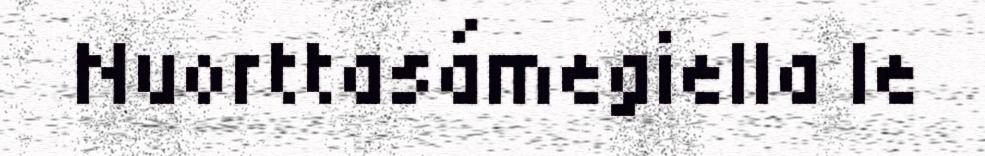
Nuorttasámegiella le